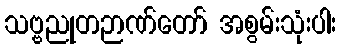
သဗ္ဗညုတဉာဏ်တော် အစွမ်းသုံးပါး